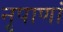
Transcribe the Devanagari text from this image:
नृपाणां